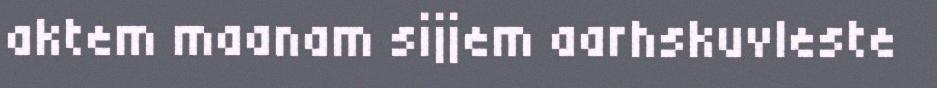
aktem maanam sijjem aarhskuvleste